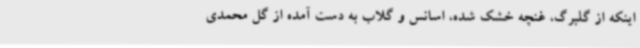
اینکه از گلبرگ، غنچه خشک شده، اسانس و گلاب به دست آمده از گل محمدی